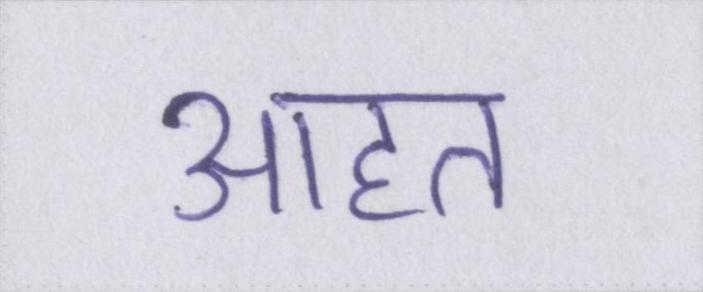
आहत